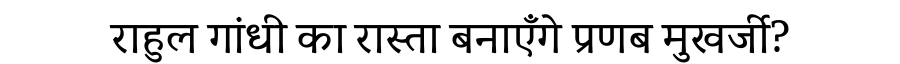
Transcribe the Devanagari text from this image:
राहुल गांधी का रास्ता बनाएँगे प्रणब मुखर्जी?